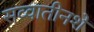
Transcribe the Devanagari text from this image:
सव्वातीनशे